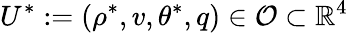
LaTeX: U^{\ast}:=(\rho^{\ast},v,\theta^{\ast},q)\in\mathcal{O}\subset\mathbb{R}^{4}